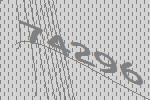
74296